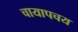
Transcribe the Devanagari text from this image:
चायापचय